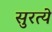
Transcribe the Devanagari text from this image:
सुरत्ये